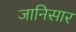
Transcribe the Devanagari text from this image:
जानिसार